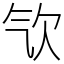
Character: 㰟